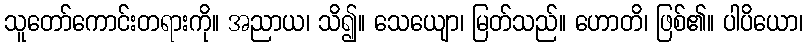
သူတော်ကောင်းတရားကို။ အညာယ၊ သိ၍။ သေယျော၊ မြတ်သည်။ ဟောတိ၊ ဖြစ်၏။ ပါပိယော၊